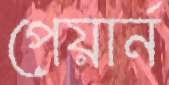
পেয়ার্ন